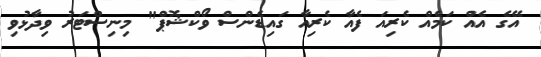
އޭގެ އެއް ކަމެއް ކެރިއަ ފެއާ ކެރިއާ ގައިޑެންސް ވޯކްޝޮޕް" މިނިސްޓަރު ވިދާޅުވި